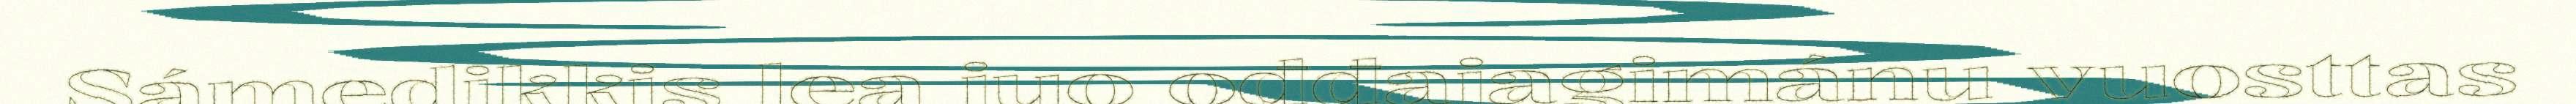
Sámedikkis lea juo ođđajagimánu vuosttas